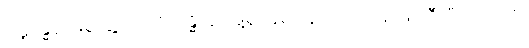
ဂါဠှဗန္ဓနံ၊ မြဲစွာဖွဲ့ခြင်းကို။ ဗန္ဓိတွာ၊ ဖွဲ့၍။ ခုရမုဏ္ဍံ၊ သင်တုန်းဖြင့် ဦးပြီးသည်ကို။